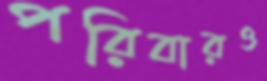
পরিবারও